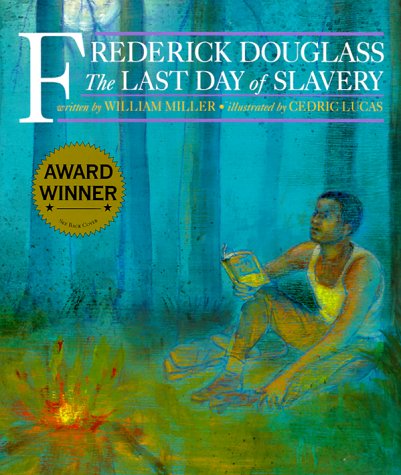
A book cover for Frederick Douglass: The Last Day of Slavery; William Miller; Children's Books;